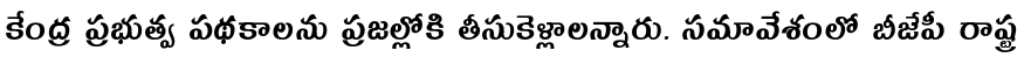
కేంద్ర ప్రభుత్వ పథకాలను ప్రజల్లోకి తీసుకెళ్లాలన్నారు. సమావేశంలో బీజేపీ రాష్ట్ర